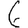
Digit: 6